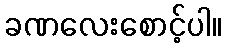
ခဏလေးစောင့်ပါ။